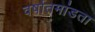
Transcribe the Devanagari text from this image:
वर्षातमांडता